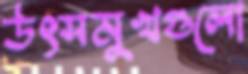
উৎসমুখগুলো